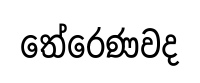
තේරෙණවද